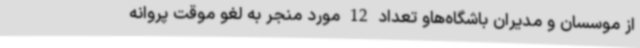
از موسسان و مدیران باشگاه‌هاو تعداد 12 مورد منجر به لغو موقت پروانه